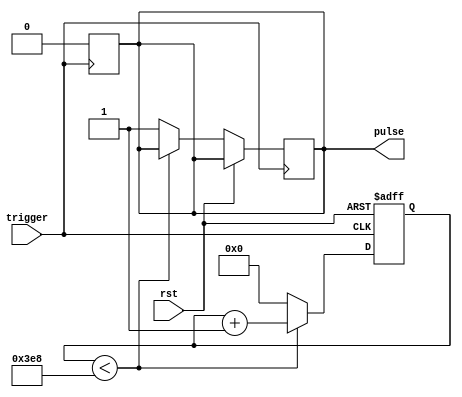
module one_shot_timer (
    input trigger,
    input rst,
    output reg pulse
);

reg [15:0] counter;
parameter preset_value = 1000; // Adjust for desired pulse duration

always @(posedge trigger or posedge rst) begin
    if (rst) begin
        counter <= 0;
    end else begin
        if (counter < preset_value) begin
            counter <= counter + 1;
        end else begin
            counter <= 0;
            pulse <= 1;
        end
    end
end

always @(posedge trigger) begin
    pulse <= 0;
end

endmodule